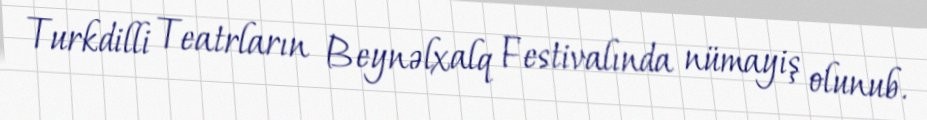
Turkdilli Teatrların Beynəlxalq Festivalında nümayiş olunub.